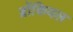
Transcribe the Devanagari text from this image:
ब्रोंकियल